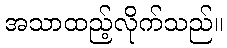
အသာထည့်လိုက်သည်။